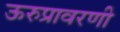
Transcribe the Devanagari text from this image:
ऊरुप्रावरणी